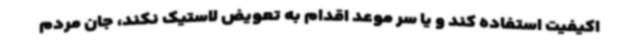
اکیفیت استفاده کند و یا سر موعد اقدام به تعویض لاستیک نکند، جان مردم